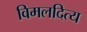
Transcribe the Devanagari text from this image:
विमलदित्य